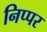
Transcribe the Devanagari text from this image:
निप्पर